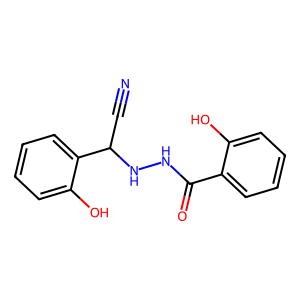
SMILES: N#CC(NNC(=O)c1ccccc1O)c1ccccc1O
Inhibits HIV replication: No